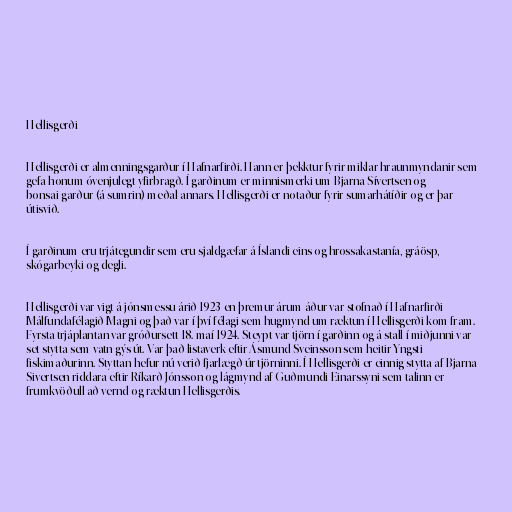
Hellisgerði

Hellisgerði er almenningsgarður í Hafnarfirði. Hann er þekktur fyrir miklar hraunmyndanir sem
gefa honum óvenjulegt yfirbragð. Í garðinum er minnismerki um Bjarna Sívertsen og
bonsai-garður (á sumrin) meðal annars. Hellisgerði er notaður fyrir sumarhátíðir og er þar
útisvið.

Í garðinum eru trjátegundir sem eru sjaldgæfar á Íslandi eins og hrossakastanía, gráösp,
skógarbeyki og degli.

Hellisgerði var vigt á jónsmessu árið 1923 en þremur árum áður var stofnað í Hafnarfirði
Málfundafélagið Magni og það var í því félagi sem hugmynd um ræktun í Hellisgerði kom fram.
Fyrsta trjáplantan var gróðursett 18. maí 1924. Steypt var tjörn í garðinn og á stall í miðjunni var
set stytta sem vatn gýs út. Var það listaverk eftir Ásmund Sveinsson sem heitir Yngsti
fiskimaðurinn. Styttan hefur nú verið fjarlægð úr tjörninni. Í Hellisgerði er einnig stytta af Bjarna
Sivertsen riddara eftir Ríkarð Jónsson og lágmynd af Guðmundi Einarssyni sem talinn er
frumkvöðull að vernd og ræktun Hellisgerðis.